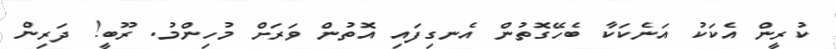
ކުރީން އެކަކު އަނެކަކާ ބެހޭގޮތުން އެނގިފައި އޮތުން ވަރަށް މުހިންމު. ރޫބީ! ދަރިން